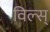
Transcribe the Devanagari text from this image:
विल्स्